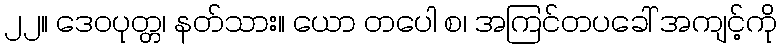
၂၂။ ဒေဝပုတ္တ၊ နတ်သား။ ယော တပေါ စ၊ အကြင်တပခေါ် အကျင့်ကို